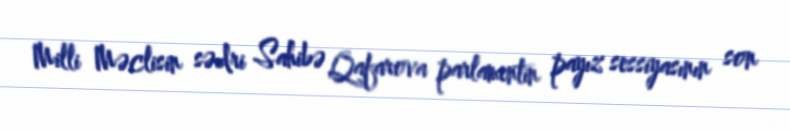
Milli Məclisin sədri Sahibə Qafarova parlamentin payız sessiyasının son